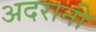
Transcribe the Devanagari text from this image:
अदरानी